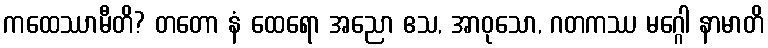
ကထေဿာမီတိ? တတော နံ ထေရော အညော ဧသ, အာဝုသော, ဂတကဿ မဂ္ဂေါ နာမာတိ